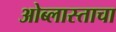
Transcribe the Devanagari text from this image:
ओब्लास्ताचा